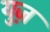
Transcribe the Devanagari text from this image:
युज़